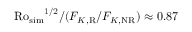
\mathrm { R o _ { s i m } } ^ { 1 / 2 } / ( F _ { K , \mathrm { R } } / F _ { K , \mathrm { N R } } ) \approx 0 . 8 7